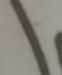
Signature authenticity: forged